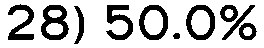
28) 50.0%